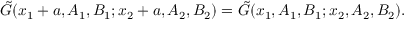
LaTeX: \tilde { G } ( x _ { 1 } + a , A _ { 1 } , B _ { 1 } ; x _ { 2 } + a , A _ { 2 } , B _ { 2 } ) = \tilde { G } ( x _ { 1 } , A _ { 1 } , B _ { 1 } ; x _ { 2 } , A _ { 2 } , B _ { 2 } ) .